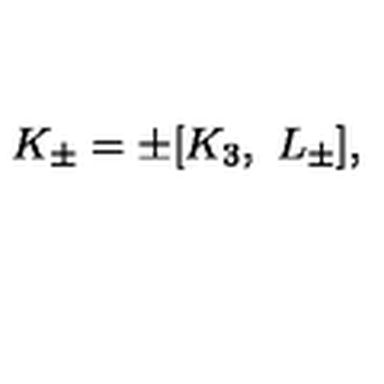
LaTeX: K _ { \pm } = \pm [ K _ { 3 } , \ L _ { \pm } ] ,